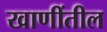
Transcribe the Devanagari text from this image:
खाणींतील